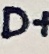
Text: D+